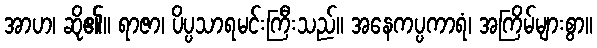
အာဟ၊ ဆို၏။ ရာဇာ၊ ပိပ္ပသာရမင်းကြီးသည်။ အနေကပ္ပကာရံ၊ အကြိမ်များစွာ။